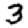
Digit: 3